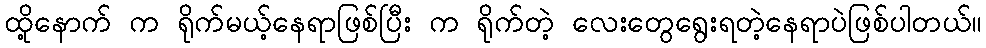
ထို့နောက် က ရိုက်မယ့်နေရာဖြစ်ပြီး က ရိုက်တဲ့ လေးတွေရွေးရတဲ့နေရာပဲဖြစ်ပါတယ်။